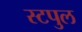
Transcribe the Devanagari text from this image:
स्टपुल